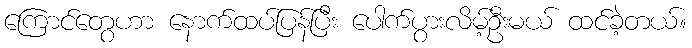
ကြောင်တွေဟာ နောက်ထပ်ပြန်ပြီး ပေါက်ပွားလိမ့်ဦးမယ် ထင်ခဲ့တယ်။